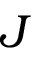
J